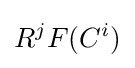
R^{j}F(C^{i})